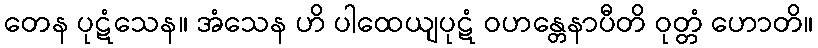
တေန ပုဋံသေန။ အံသေန ဟိ ပါထေယျပုဋံ ဝဟန္တေနာပီတိ ဝုတ္တံ ဟောတိ။